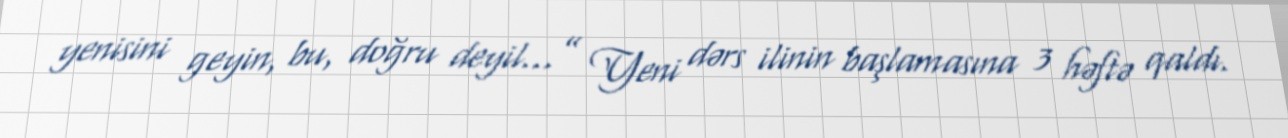
yenisini geyin, bu, doğru deyil...” Yeni dərs ilinin başlamasına 3 həftə qaldı.